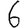
Digit: 6